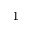
^ 1